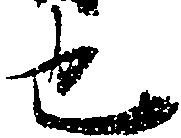
也